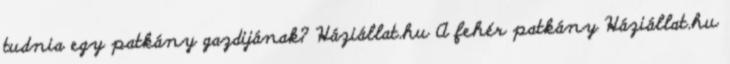
tudnia egy patkány gazdijának? Háziállat.hu A fehér patkány Háziállat.hu